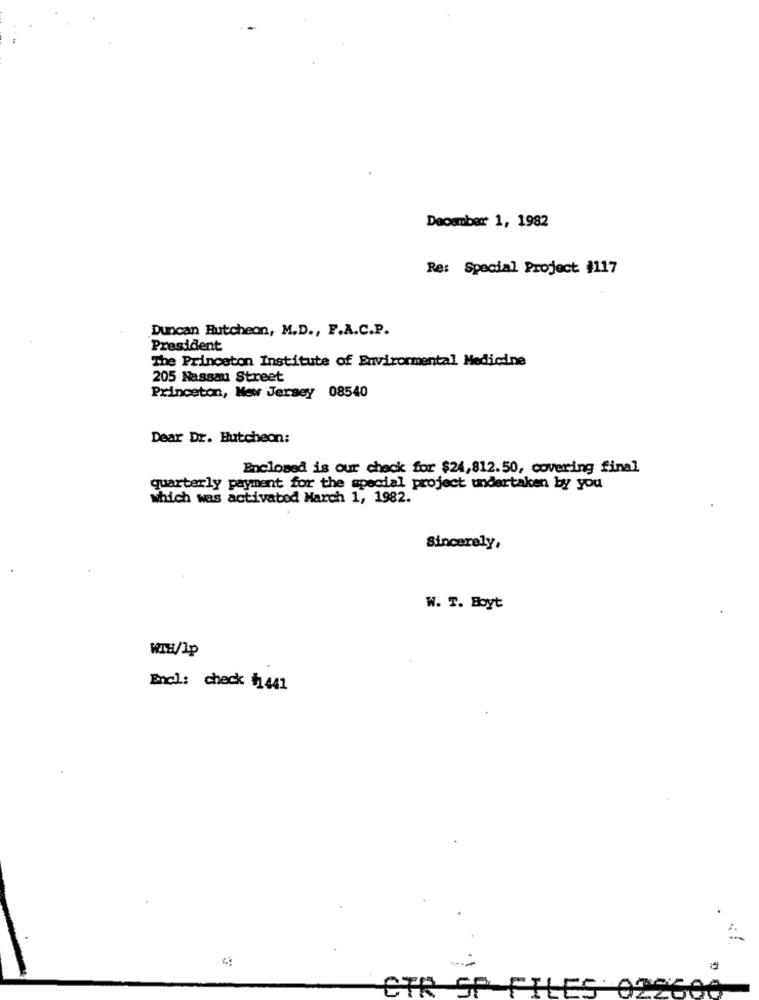
December 1, 1982
Re: Special Project #117
Duncan Butcheon, M.D ., F.A.C.P.
President
The Princeton Institute of Environmental Medicine
205 Nassau Street
Princeton, New Jersey 08540
Dear Dr. Hutcheon:
Enclosed is our check for $24,812.50, covering final
quarterly payment for the special project undertaken by you
which was activated March 1, 1982.
Sincerely,
W. T. Hoyt
WIH/Ip
Encl: check #1441